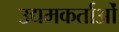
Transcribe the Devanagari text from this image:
उद्यमकर्ताओं